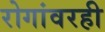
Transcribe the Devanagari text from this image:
रोगांवरही